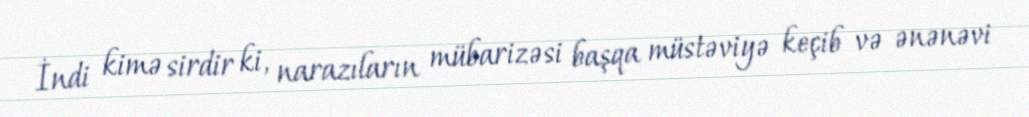
İndi kimə sirdir ki, narazıların mübarizəsi başqa müstəviyə keçib və ənənəvi